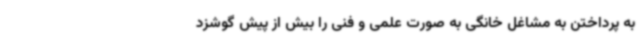
به پرداختن به مشاغل خانگی به صورت علمی و فنی را بیش از پیش گوشزد